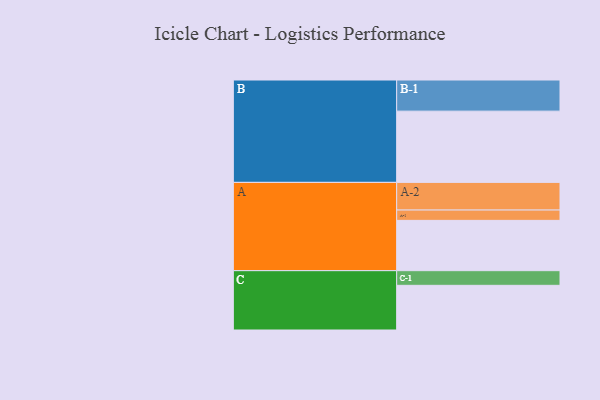
{"axis": {"x": "Segment", "y": "Value"}, "legend": ["", "A", "B", "C"], "data": [{"x": "A", "y": 375, "type": ""}, {"x": "B", "y": 531, "type": ""}, {"x": "C", "y": 333, "type": ""}, {"x": "A-1", "y": 77, "type": "A"}, {"x": "A-2", "y": 206, "type": "A"}, {"x": "B-1", "y": 232, "type": "B"}, {"x": "C-1", "y": 109, "type": "C"}]}